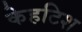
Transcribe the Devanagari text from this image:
केहटिश